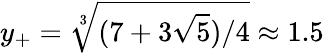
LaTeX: y_{+}=\sqrt[3]{(7+3\sqrt{5})/4}\approx 1.5